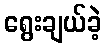
ရွေးချယ်ခဲ့